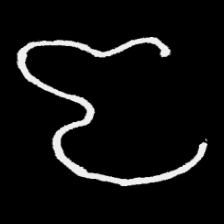
Pyu character \u2014 Myanmar letter: ဇ (romanized: ja)